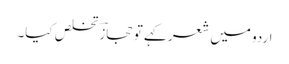
اردو میں شعر کہے تو حجازؔ تخلص کیا۔